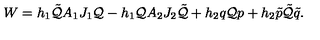
W = h _ { 1 } \tilde { \cal Q } A _ { 1 } J _ { 1 } { \cal Q } - h _ { 1 } { \cal Q } A _ { 2 } J _ { 2 } \tilde { \cal Q } + h _ { 2 } q { \cal Q } p + h _ { 2 } \tilde { p } \tilde { \cal Q } \tilde { q } .